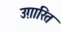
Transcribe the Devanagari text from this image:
उग़ारित